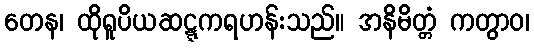
တေန၊ ထိုရူပိယဆဋ္ဋကရဟန်းသည်။ အနိမိတ္တံ ကတွာဝ၊